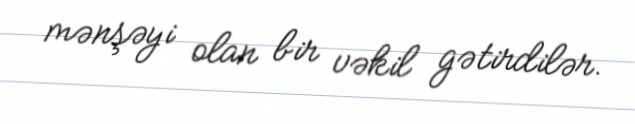
mənşəyi olan bir vəkil gətirdilər.